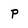
Character: P